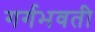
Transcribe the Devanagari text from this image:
गर्गभवती